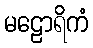
မဠောရိကံ